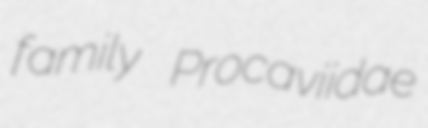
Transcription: family Procaviidae